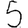
Digit: 5